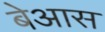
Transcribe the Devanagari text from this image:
बेआस